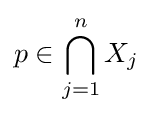
p\in \bigcap _{j=1}^{n}X_{j}